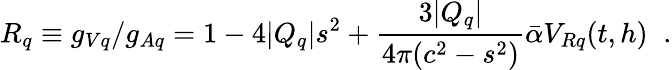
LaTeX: R_{q}\equiv g_{Vq}/g_{Aq}=1-4|Q_{q}|s^{2}+\frac{3|Q_{q}|}{4\pi(c^{2}-s^{2})}\bar{\alpha}V_{Rq}(t,h)\; \; .